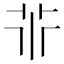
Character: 𠁬